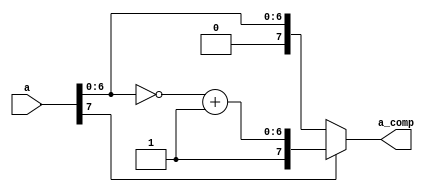
//
`timescale 1ns/10ps
module comp_conv(
            a,
            a_comp
);
input[7:0]  a;
output[7:0] a_comp;

wire[6:0]   tmp;     //
wire[7:0]   y;       //

assign      tmp = ~a[6:0];
assign      y[6:0] = tmp+1;  //
assign      y[7] = a[7];     //

assign      a_comp = a[7]?y:a;
endmodule

module comp_conv_tb;
reg[7:0]     aa;
wire[7:0]    ac;
comp_conv comp_conv(
            .a(aa),
            .a_comp(ac)
);
initial begin
            aa<=0;
    #3000   $stop;
end
always #10 aa <= aa+1;

initial begin
    $dumpfile("comp_conv_tb.vcd");
    $dumpvars;
end

endmodule